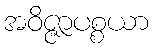
အဝိဇ္ဇာပစ္စယာ